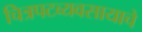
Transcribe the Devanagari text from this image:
चित्रपटव्यवसायाचे